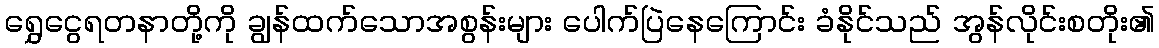
ရွှေငွေရတနာတို့ကို ချွန်ထက်သောအစွန်းများ ပေါက်ပြဲနေကြောင်း ခံနိုင်သည် အွန်လိုင်းစတိုး၏